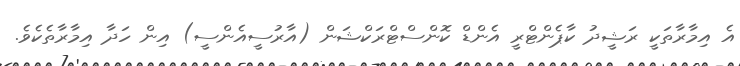
އެ އިމާރާތަކީ ރަޝީދު ކާޕެންޓްރީ އެންޑް ކޮންސްޓްރަކްޝަން (އާރުސީއެންސީ) އިން ހަދާ އިމާރާތެކެވެ.